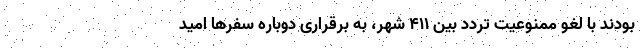
بودند با لغو ممنوعیت تردد بین ۴۱۱ شهر، به برقراری دوباره سفرها امید